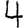
Digit: 4